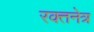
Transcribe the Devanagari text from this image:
रक्तनेत्र